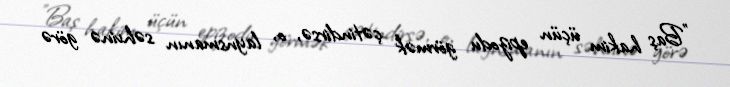
"Baş hakim üçün epizodu görmək çətindirsə, o, laynsmanın səhvinə görə